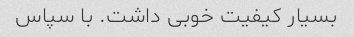
بسیار کیفیت خوبی داشت. با سپاس